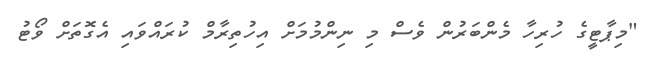
"މިޕާޓީގެ ހުރިހާ މެންބަރުން ވެސް މި ނިންމުމަށް އިހުތިރާމް ކުރައްވައި އެގޮތަށް ވޯޓު